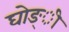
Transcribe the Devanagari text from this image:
घोङ्ी